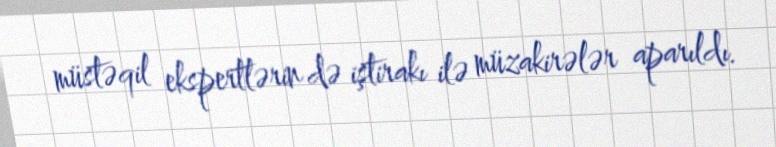
müstəqil ekspertlərin də iştirakı ilə müzakirələr aparıldı.